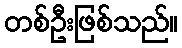
တစ်ဦးဖြစ်သည်။